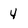
Character: 4